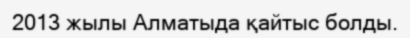
2013 жылы Алматыда қайтыс болды.